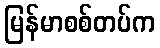
မြန်မာစစ်တပ်က